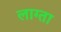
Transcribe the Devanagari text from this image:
लाग्ता